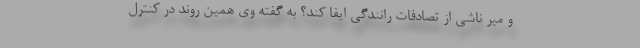
و میر ناشی از تصادفات رانندگی ایفا کند؟ به گفته وی همین روند در کنترل